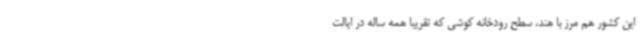
این کشور هم مرز با هند، سطح رودخانه کوشی که تقریباً همه ساله در ایالت